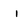
Character: I